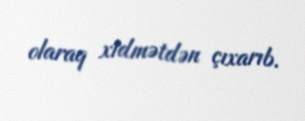
olaraq xidmətdən çıxarıb.